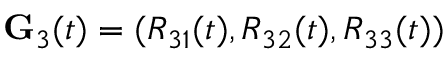
{ \bf G } _ { 3 } ( t ) = ( R _ { 3 1 } ( t ) , R _ { 3 2 } ( t ) , R _ { 3 3 } ( t ) )